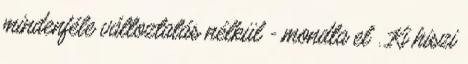
mindenféle változtatás nélkül - mondta el . Ki hiszi